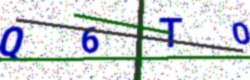
Text: Q6TO